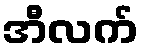
အီလက်